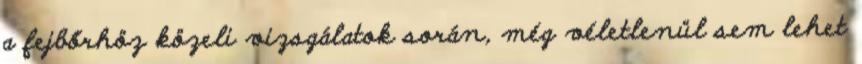
a fejbőrhöz közeli vizsgálatok során, még véletlenül sem lehet